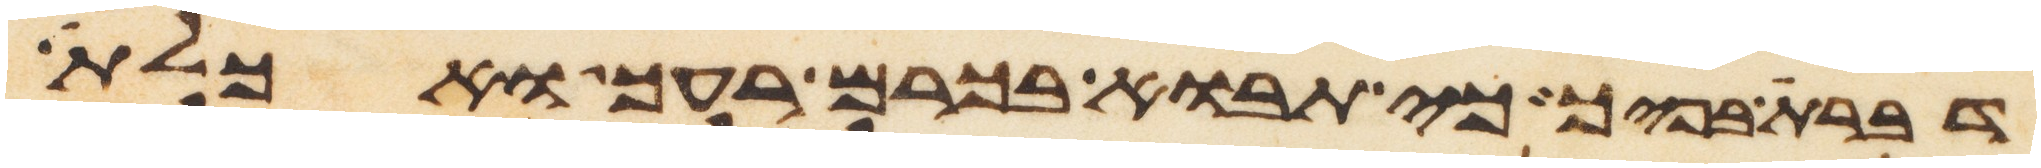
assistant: דברת בפיך כי תבוא בכרם רעך ואכלת